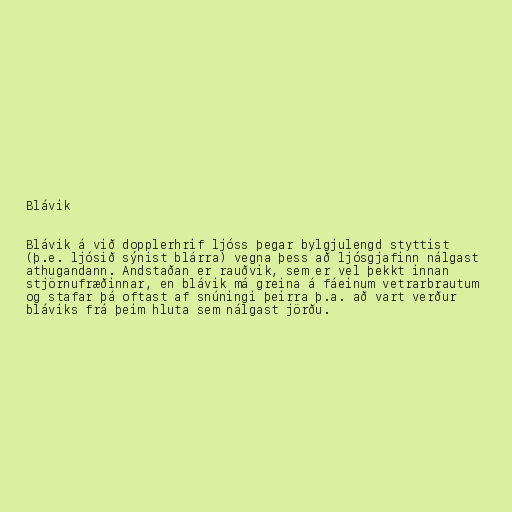
Blávik

Blávik á við dopplerhrif ljóss þegar bylgjulengd styttist
(þ.e. ljósið sýnist blárra) vegna þess að ljósgjafinn nálgast
athugandann. Andstaðan er rauðvik, sem er vel þekkt innan
stjörnufræðinnar, en blávik má greina á fáeinum vetrarbrautum
og stafar þá oftast af snúningi þeirra þ.a. að vart verður
bláviks frá þeim hluta sem nálgast jörðu.